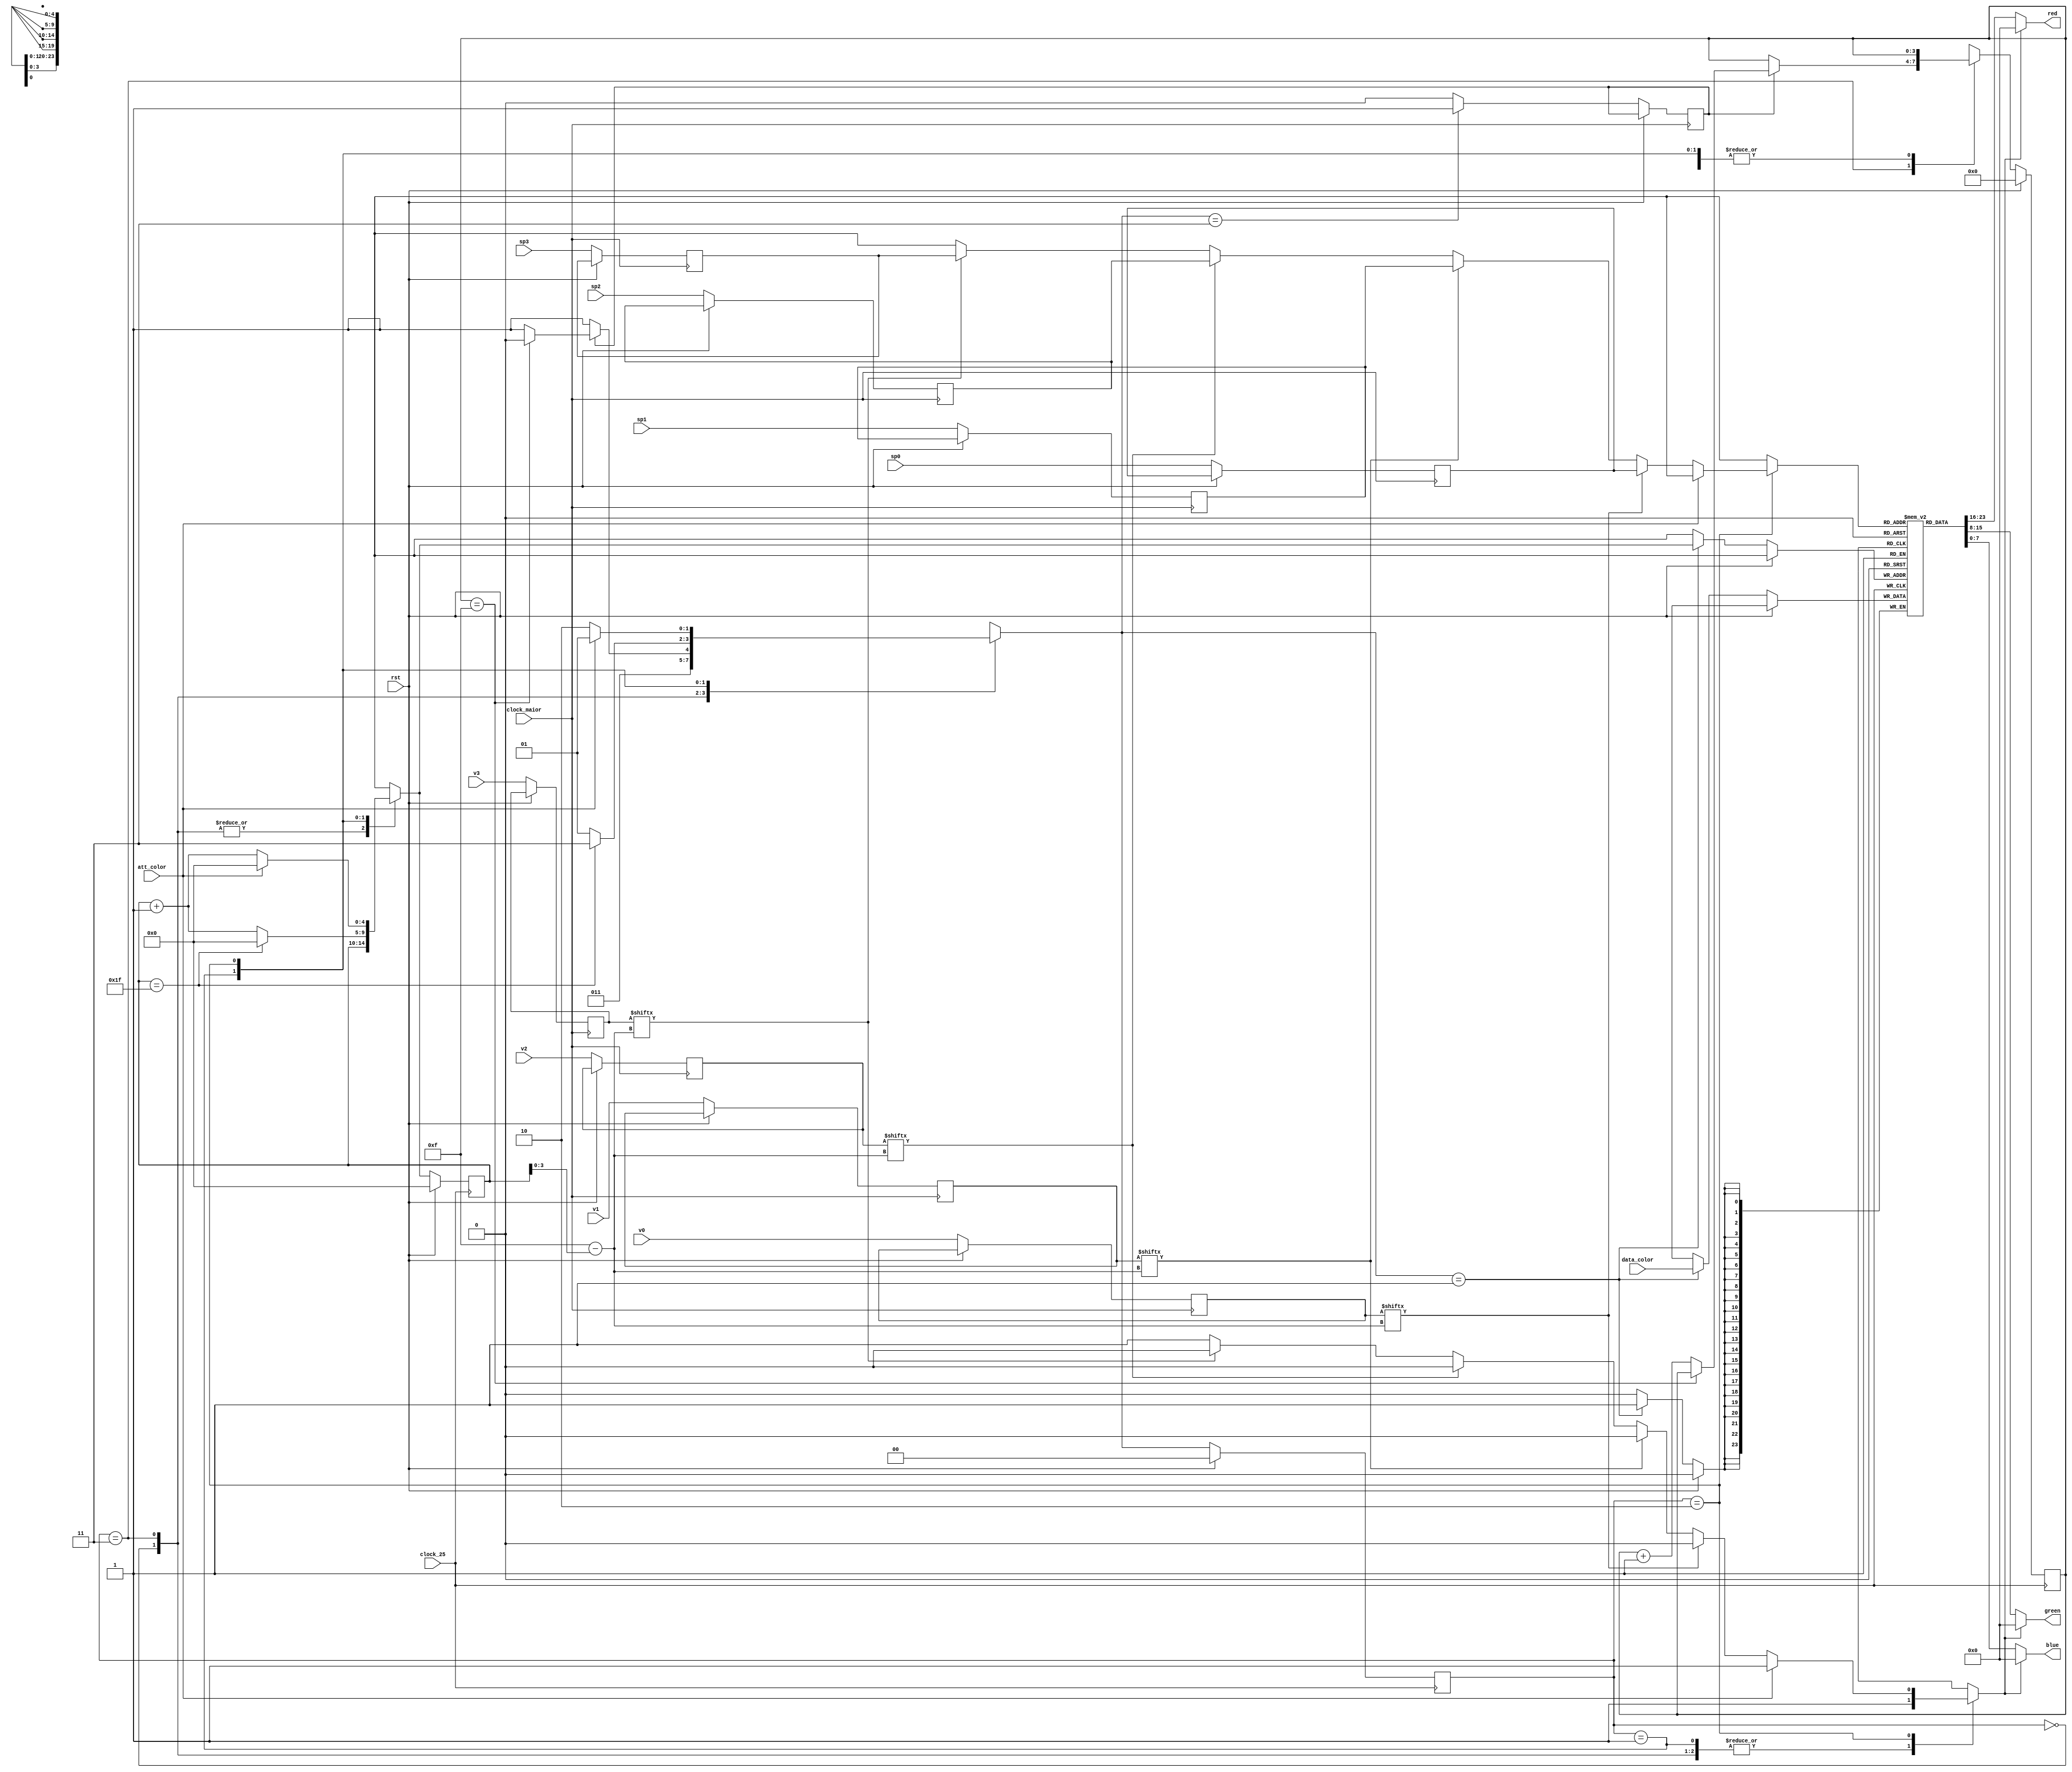
module t5_t6(v0, v1, v2, v3, sp0, sp1, sp2, sp3, clock_25, clock_maior, rst, att_color, data_color, blue, green, red);
    
	// Sinais bsicos de controle
    input clock_25, rst;
    
    // Vetores com as flags indicando a presenca dos sprites em cada uma das 16 posicoes
    input [15:0] v0, v1, v2, v3;

    // Indica o codigo do sprite referente a cada um dos vetores anteriormente definidos
    input [4:0] sp0, sp1, sp2, sp3;
    
    // Entradas para atualizao da memria de cor
    input [23:0] data_color;                    // Dado da cor vindo da mmoria
    input att_color;                            // Sinal para atualizar a memria
	
	// Sinal para descarregar os sinais dos barramentos de entreda
	input clock_maior;
    
    //Saidas do modulo
    output wire [7:0] red, green, blue;

    // memria interna de cores da FSM.
	reg [23:0] Color_Memory[0:31];
	
	// memria interna de sprites da FSM
	reg [15:0] sprites[0:3];
	reg [4:0] pos[0:3];
	
	
	// Registradores de suporte
	reg branco;
	reg start;
	reg [1:0] state;
	reg [1:0] next_state;
	reg [4:0] elemento;
	reg [4:0] next_elemento;
	reg [4:0] saida;
	reg [3:0] count;
	reg [3:0] next_count;

	parameter 
	Inicio		=  2'b00,
	Atualizando	=	2'b01,	
	Enviando		=	2'b10,
	Sync			=	2'b11;
	
	always @ * begin
		next_state = 5'bxxxxx;
		next_elemento = elemento;
		next_count = count;
		saida = 5'bx;
		branco = 1'b1;
		case (state)
			Inicio	:begin									// Estado Inicial
				next_state = Atualizando;
			end
			Sync		:begin									// Estado de sincronizao com o clock mais lento (25/16 Mhz)
				if (start) begin
					if (count == 15) begin
						next_state = Enviando;
					end
					else begin
						next_state = Sync;
						next_count = count + 1'b1;
					end
				end
				else begin
					next_state = Sync;
				end
			end
			Atualizando	:begin								// Estado para atualizar a tabela de cores.
				if (elemento == 5'd31) begin
					next_elemento = 5'b0;
					next_state = Sync;
				end
				else begin
					next_elemento = elemento + 1'b1;
					next_state = Atualizando;
				end
			end
			Enviando	:begin									// Estado de sada das cores do sprite mais importante
				if (att_color) begin
					next_elemento = 5'b0;
					next_state = Atualizando;
				end
				else begin
					next_state = Enviando;
					branco = 1'b0;
					if (sprites[0][15-elemento[3:0]]) begin
						saida = pos[0];
					end
					else if (sprites[1][15-elemento[3:0]]) begin
						saida = pos[1];
					end
					else if (sprites[2][15-elemento[3:0]]) begin
						saida = pos[2];
					end
					else if (sprites[3][15-elemento[3:0]]) begin
						saida = pos[3];
					end
					else begin
						branco = 1'b1;
					end
					next_elemento = elemento + 1'b1;
				end
			end
			default		:begin
				next_state = Inicio;
			end
		endcase			
	end
	
	assign red		= (branco)? 8'b0 : Color_Memory[saida][23:16];
	assign green	= (branco)? 8'b0 : Color_Memory[saida][15:8];
	assign blue		= (branco)? 8'b0 : Color_Memory[saida][7:0];
	
	always @ (posedge clock_maior) begin
		if (!rst) begin
			sprites[0] <= v0;
			sprites[1] <= v1;
			sprites[2] <= v2;
			sprites[3] <= v3;
			pos[0] <= sp0;
			pos[1] <= sp1;
			pos[2] <= sp2;
			pos[3] <= sp3;
			if (next_state == Sync) begin
				start <= 1'b1;
			end
			else begin
				start <= 1'b0;
			end
		end	
	end
	
	always @ (posedge clock_25) begin
		if (rst) begin
			state <= Inicio;
			elemento <= 5'b0;
			count <= 4'b0;
		end
		else begin
			state <= next_state;
			elemento <= next_elemento;
			count <= next_count;
			if (next_state == Atualizando) begin
				Color_Memory [next_elemento] = data_color;
			end
		end
	end
	
endmodule